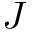
J